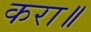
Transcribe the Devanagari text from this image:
करा॥